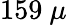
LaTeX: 159~\mu